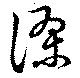
謬